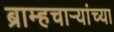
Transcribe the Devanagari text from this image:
ब्राम्हचाऱ्यांच्या